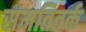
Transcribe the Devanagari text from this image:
संमतितर्क